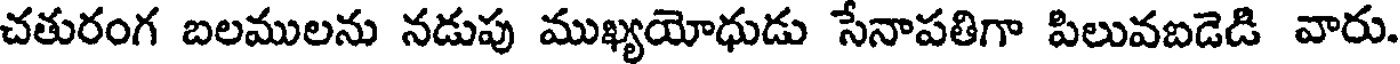
చతురంగ బలములను నడుపు ముఖ్యయోధుడు సేనాపతిగా పిలువబడెడి వారు.